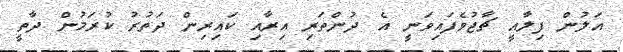
އަލުން ފިލާއީ ޗާޖުވެފައިވަނީ އެ ދުންތަރި އިރާއި ކައިރިން ދަތުރު ކުރަމުން ދާތީ